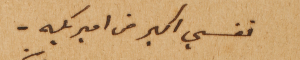
نفسي اكبر من اميريكه –